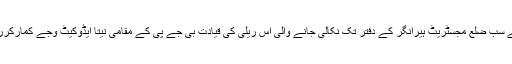
گگوال سے سب ضلع مجسٹریٹ ہیرانگر کے دفتر تک نکالی جانے والی اس ریلی کی قیادت بی جے پی کے مقامی نیتا ایڈوکیٹ وجے کُمارکررہے تھے۔